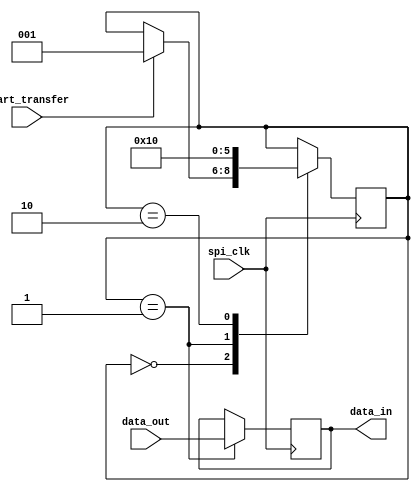
module SPI_Timing_Control_Sync (
  input wire spi_clk,           // Input clock signal for SPI communication
  input wire start_transfer,    // Input signal to indicate start of data transfer
  input wire data_out,          // Input data signal from master device
  output reg data_in            // Output data signal to slave device
);

reg [2:0] state;                // State variable to control timing of data transfer

always @ (posedge spi_clk) begin
  case (state)
    0: begin        // Idle state, wait for start of transfer
      if (start_transfer) begin
        state <= 1; // Move to next state
      end
    end
    1: begin        // Transmit data
      data_in <= data_out; // Output data to slave device
      state <= 2; // Move to next state
    end
    2: begin        // Receive data
      state <= 0; // Move back to idle state
    end
  endcase
end

endmodule